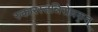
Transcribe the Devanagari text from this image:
रुकारस्तन्निरोधकृत्